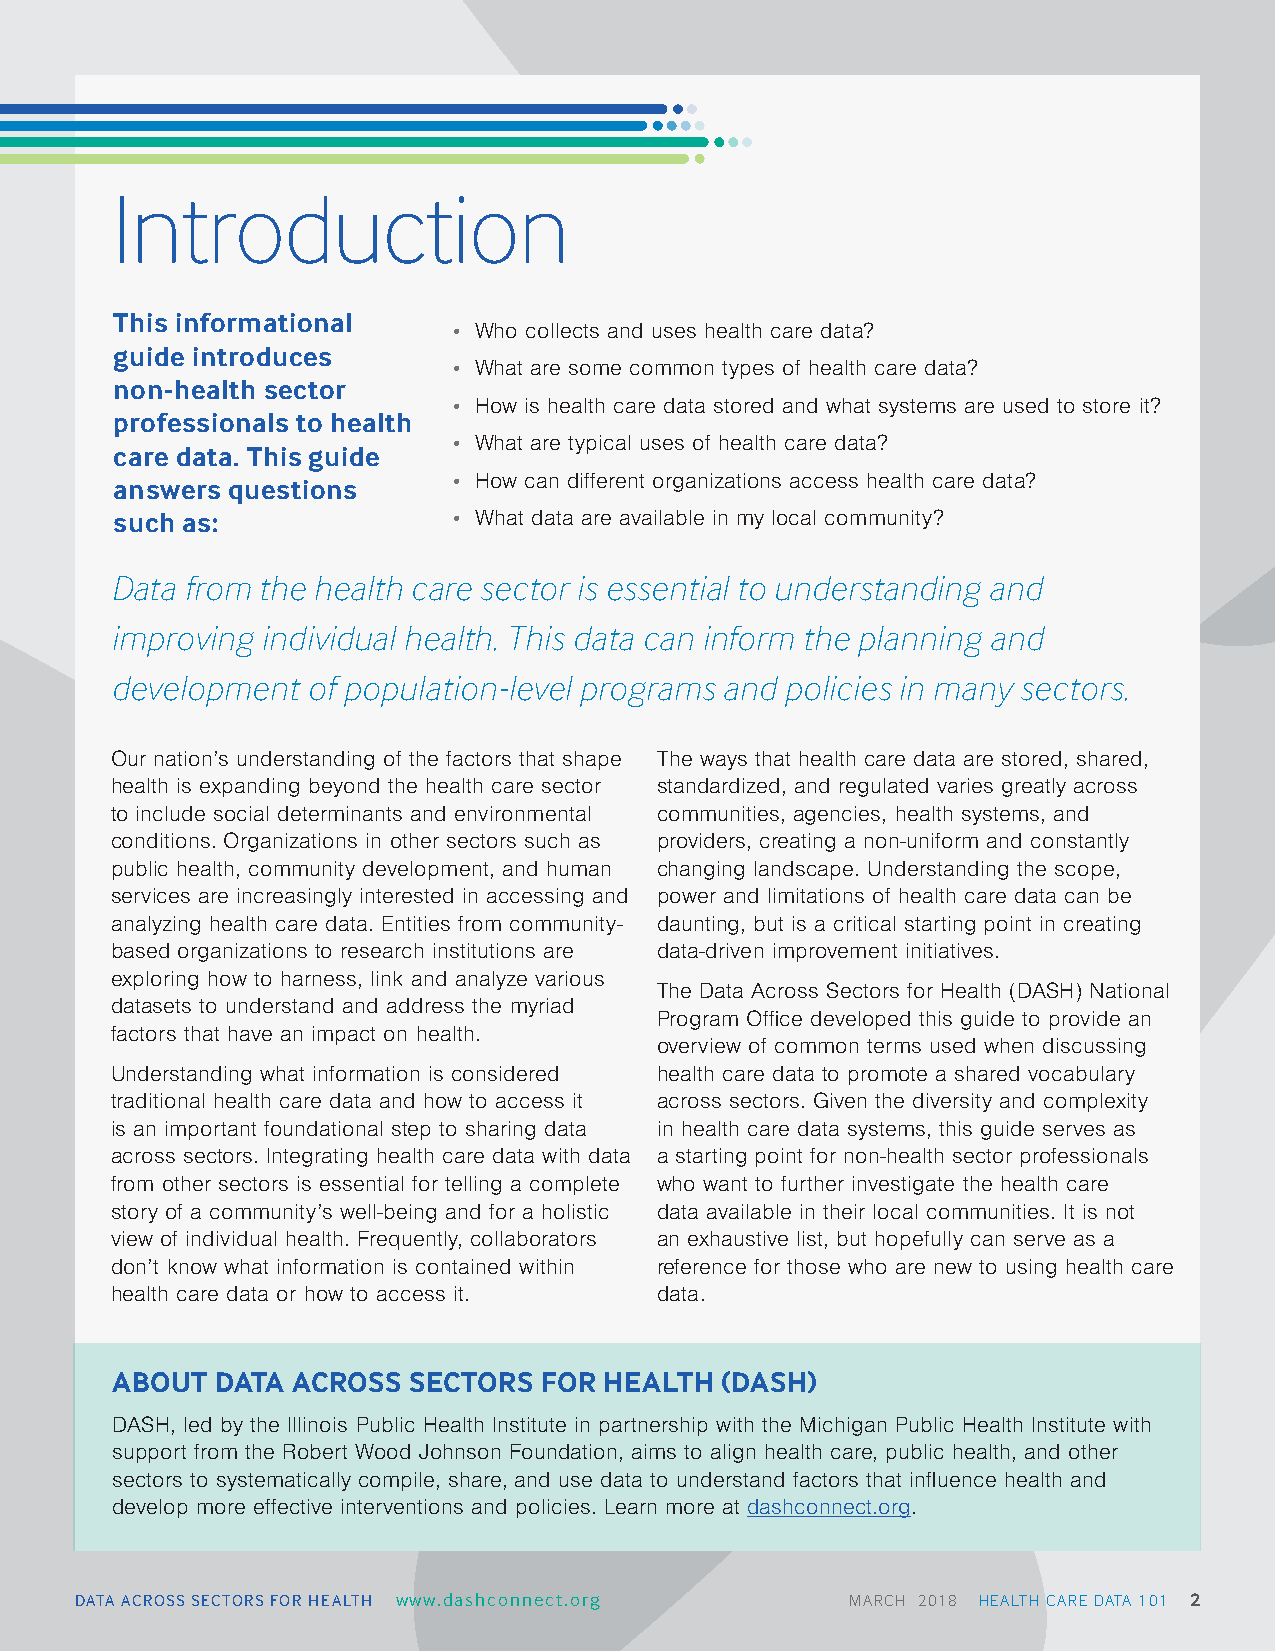
Introduction
 This informational
 • Who collects and uses health care data?
 guide introduces
 • What are some common types of health care data?
 non-health sector
 • How is health care data stored and what systems are used to store it?
 professionals to health
 • What are typical uses of health care data?
 care data. This guide
 answers questions     • How can different organizations access health care data?
 such as:              • What data are available in my local community?
 Data from the health care sector is essential to understanding and
 improving individual health. This data can inform the planning and
 development  of population-level programs and policies in many sectors.
 Our nation’s understanding of the factors that shape The ways that health care data are stored, shared,
 health is expanding beyond the health care sector standardized, and regulated varies greatly across
 to include social determinants and environmental communities, agencies, health systems, and
 conditions. Organizations in other sectors such as providers, creating a non-uniform and constantly
 public health, community development, and human changing landscape. Understanding the scope,
 services are increasingly interested in accessing and power and limitations of health care data can be
 analyzing health care data. Entities from community- daunting, but is a critical starting point in creating
 based organizations to research institutions are data-driven improvement initiatives.
 exploring how to harness, link and analyze various
 The Data Across Sectors for Health (DASH) National
 datasets to understand and address the myriad
 Program Office developed this guide to provide an
 factors that have an impact on health.
 overview of common terms used when discussing
 Understanding what information is considered health care data to promote a shared vocabulary
 traditional health care data and how to access it across sectors. Given the diversity and complexity
 is an important foundational step to sharing data in health care data systems, this guide serves as
 across sectors. Integrating health care data with data a starting point for non-health sector professionals
 from other sectors is essential for telling a complete who want to further investigate the health care
 story of a community’s well-being and for a holistic data available in their local communities. It is not
 view of individual health. Frequently, collaborators an exhaustive list, but hopefully can serve as a
 don’t know what information is contained within reference for those who are new to using health care
 health care data or how to access it. data.
 ABOUT  DATA ACROSS  SECTORS  FOR HEALTH  (DASH)
 DASH, led by the Illinois Public Health Institute in partnership with the Michigan Public Health Institute with
 support from the Robert Wood Johnson Foundation, aims to align health care, public health, and other
 sectors to systematically compile, share, and use data to understand factors that influence health and
 develop more effective interventions and policies. Learn more at dashconnect.org.
 DATA ACROSS SECTORS FOR HEALTH www.dashconnect.org MARCH 2018 HEALTH CARE DATA 101 2